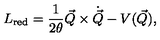
L _ { \mathrm { r e d } } = \frac { 1 } { 2 \theta } \vec { Q } \times \dot { \vec { Q } } - V ( \vec { Q } ) ,